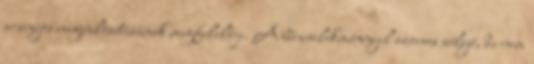
arányos megvalósításának megfelelője. A bűncselekménnyel azonos súlyú, de nem